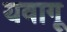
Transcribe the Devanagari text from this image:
यवागू